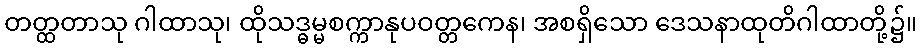
တတ္ထတာသု ဂါထာသု၊ ထိုသဒ္ဓမ္မစက္ကာနုပဝတ္တကေန၊ အစရှိသော ဒေသနာထုတိဂါထာတို့၌။